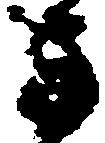
方